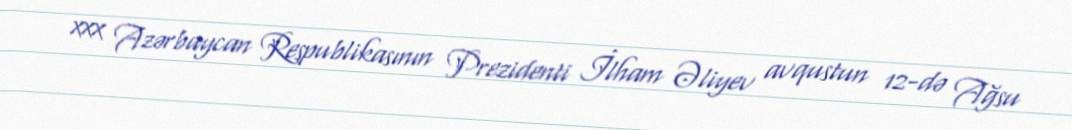
xxx Azərbaycan Respublikasının Prezidenti İlham Əliyev avqustun 12-də Ağsu